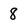
Character: 8